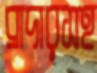
ব্রাদারসহ